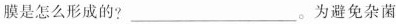
膜是怎么形成的?___。为避免杂菌